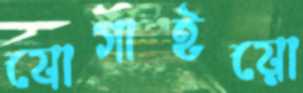
যোগাইয়ো